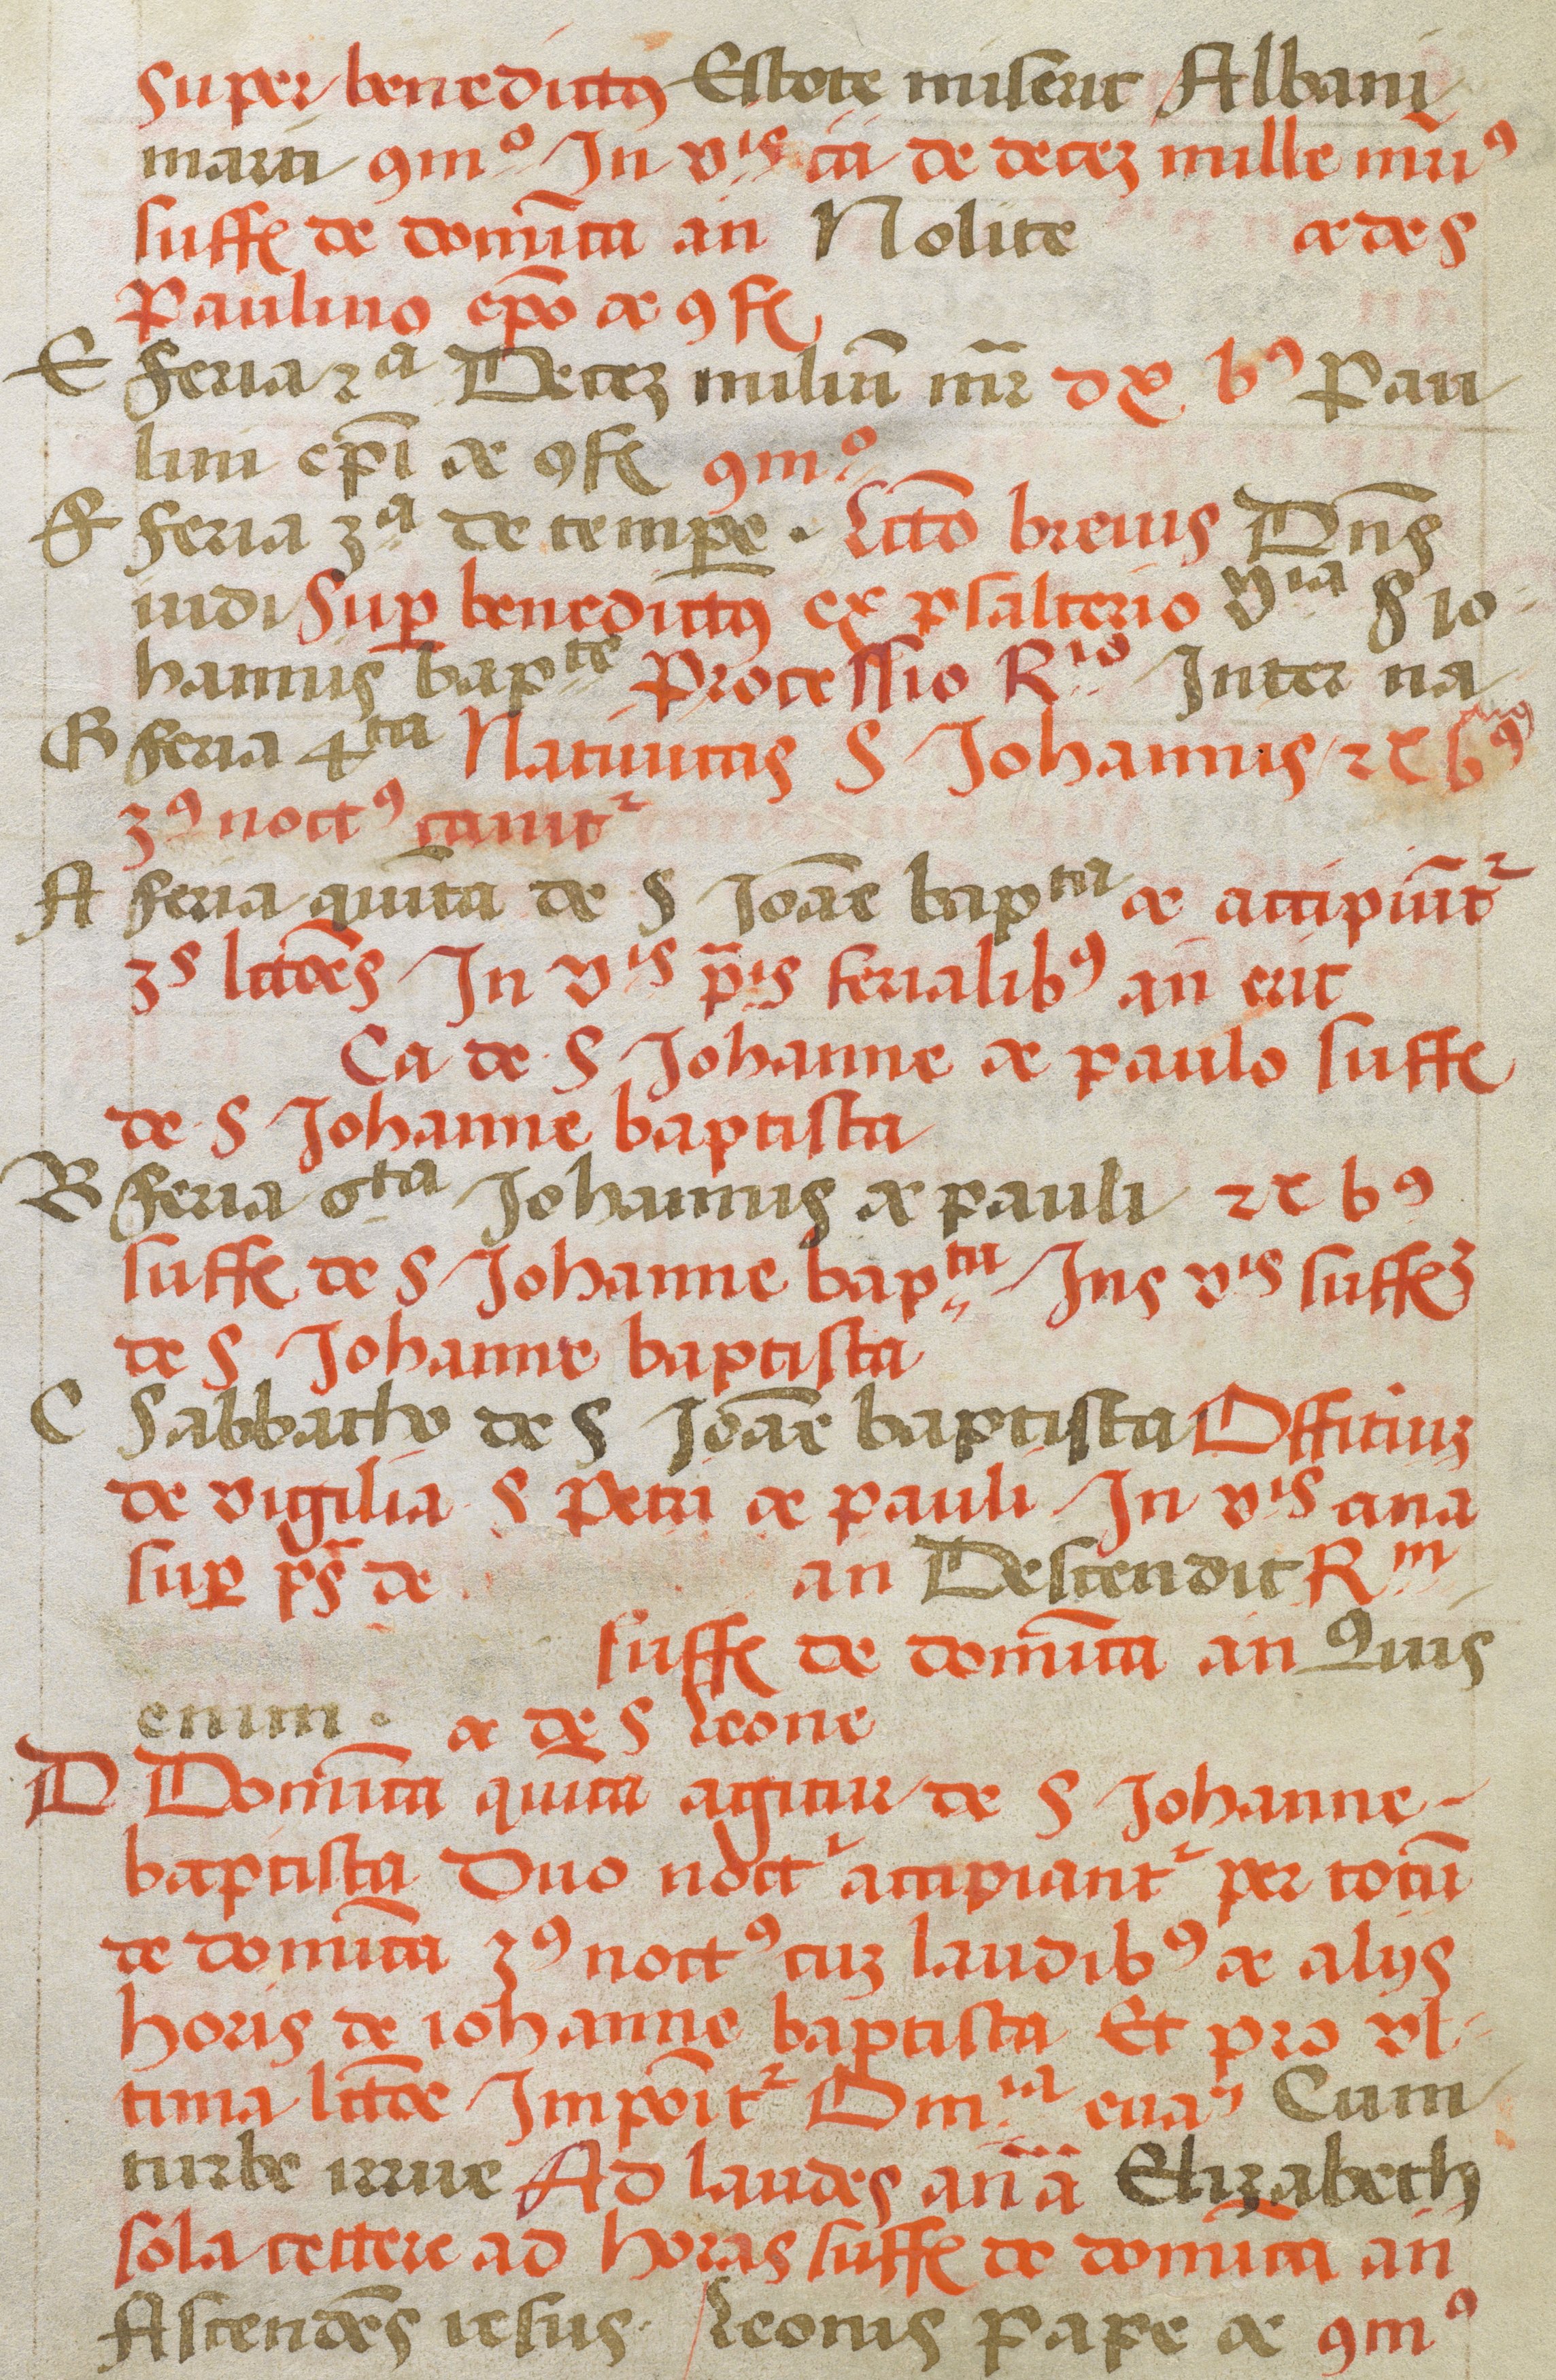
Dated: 1505–1535